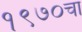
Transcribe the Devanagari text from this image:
१९७०चा